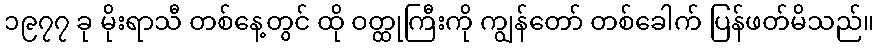
၁၉၇၇ ခု မိုးရာသီ တစ်နေ့တွင် ထို ဝတ္ထုကြီးကို ကျွန်တော် တစ်ခေါက် ပြန်ဖတ်မိသည်။